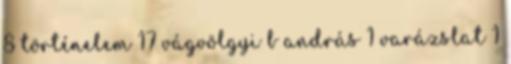
8 történelem 17 vágvölgyi b andrás 1 varázslat 1